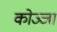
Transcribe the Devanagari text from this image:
कोज्जा